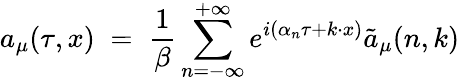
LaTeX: a_{\mu}(\tau,x)\; =\; \frac{1}{\beta}\sum_{n=-\infty}^{+\infty}e^{i(\alpha_{n}\tau+k\cdot x)}{\tilde{a}}_{\mu}(n,k)